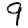
Digit: 9